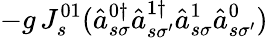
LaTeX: -g\, J_{s}^{01}(\hat{a}_{s\sigma}^{0\dagger}\hat{a}_{s\sigma^{\prime}}^{1\dagger}\hat{a}_{s\sigma}^{1}\hat{a}_{s\sigma^{\prime}}^{0})